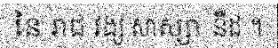
នៃ រាជ វង្ស សាស្សា នីដ ។